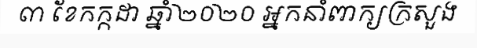
៣ ខែកក្កដា ឆ្នាំ២០២០ អ្នកនាំពាក្យក្រសួង